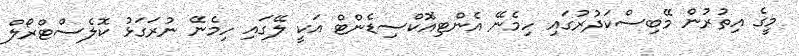
މީގެ އިތުރުން މޭބިސްކަދުރުގައި ހިމެނޭ އެންޓިއޮކްސިޑެންޓް އަކީ ލޭގައި ހިމެނޭ ނުރަގަޅު ކޮލެސްޓްރޯލް